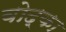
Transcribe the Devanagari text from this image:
वोद्का